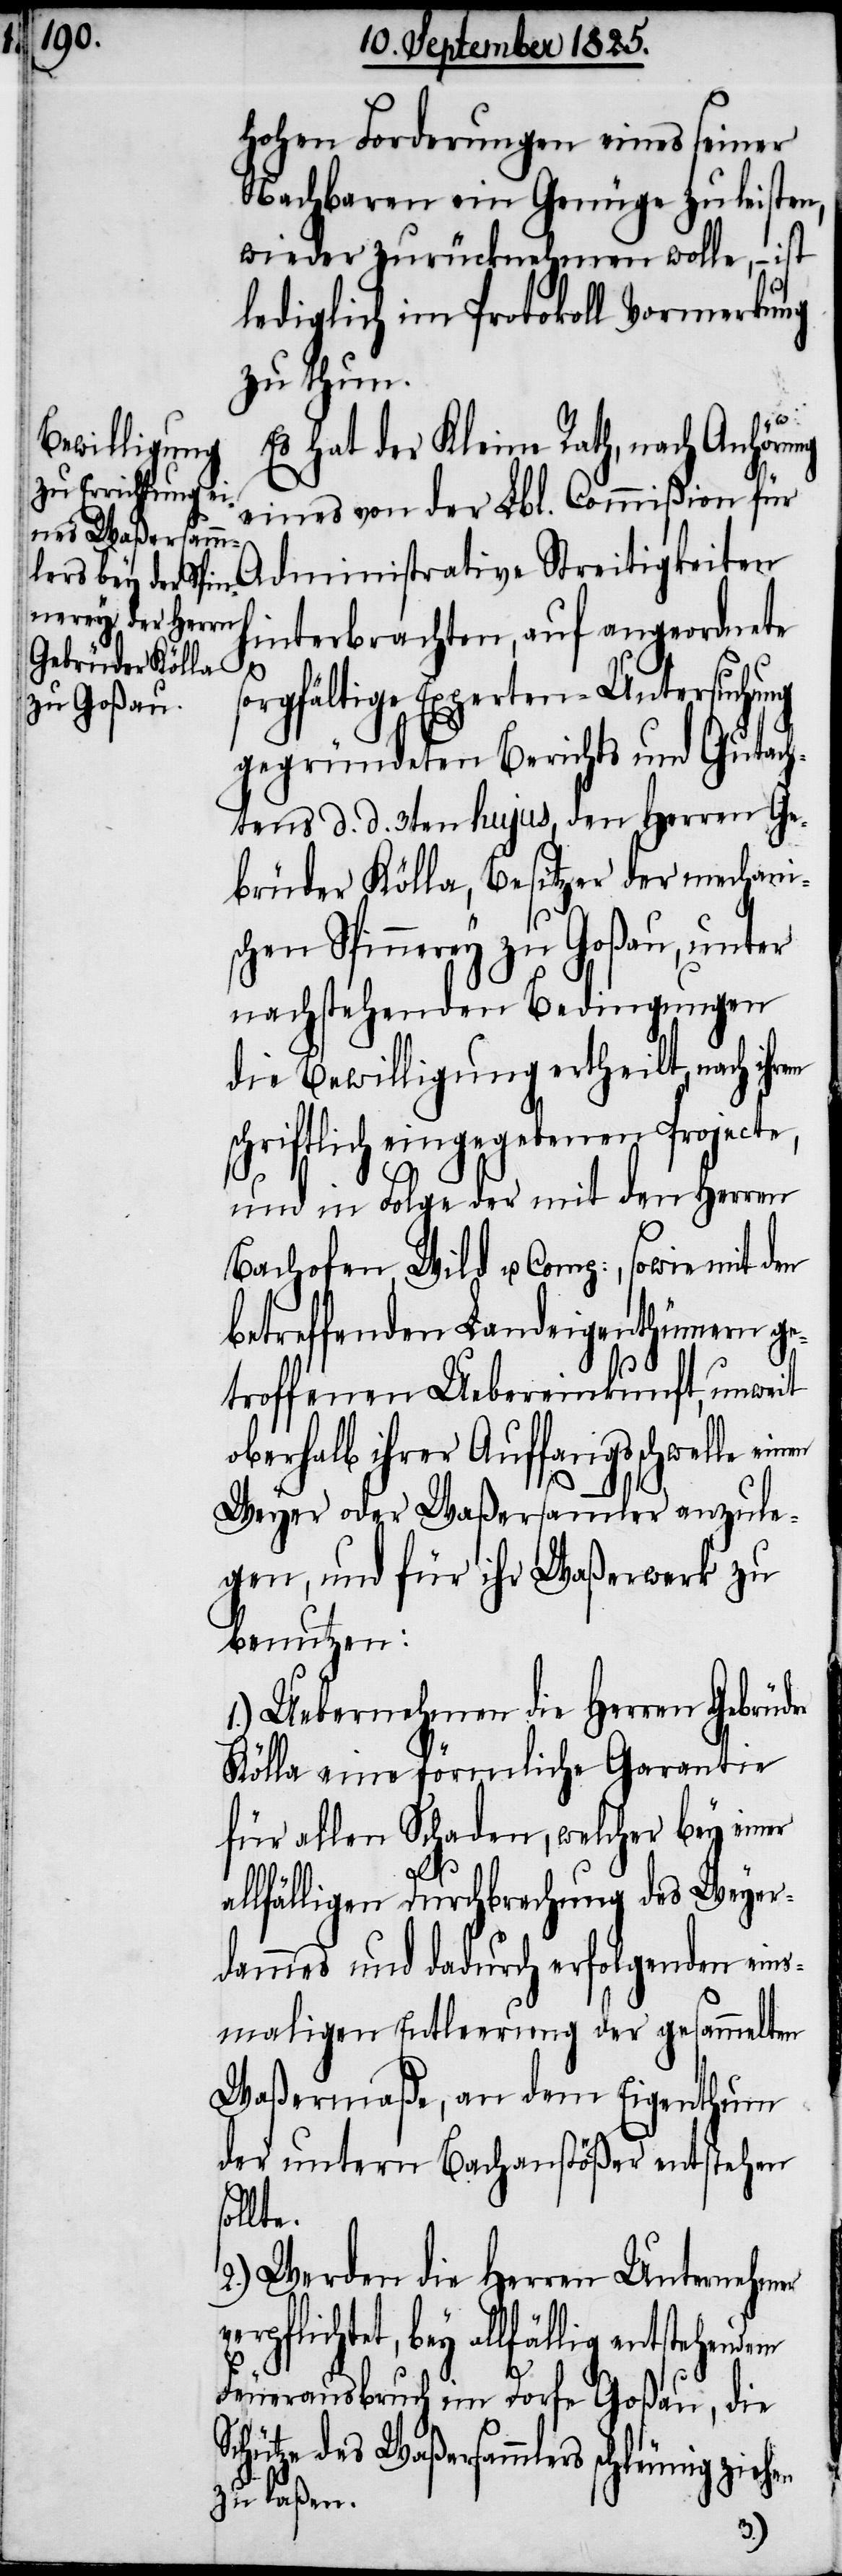
hohen Forderungen eines seiner
Nachbarn ein Genüge zu leisten,
wieder zurücknehmen wolle, – ist
lediglich im Protokoll Vermerkung
zu thun.
Es hat der Kleine Rath, nach Anhörung
eines von der Lbl. Commißion für
Administrative Streitigkeiten
hinterbrachten, auf angeordnete
ve¬
sorgfältige Experten-Untersuchung
gegründeten Berichts und Gutach¬
tens d. d. 3ten hujus, den Herren Ge¬
brüder Kölla, Besitzer der mechani¬
schen Spinnerey zu Goßau, unter
nachstehenden Bedingungen
die Bewilligung ertheilt, nach
schriftlich eingegebenen Projecte,
und in Folge der mit den Herrn
Bachofen, Wild u. Comp:, sowie mit den
betreffenden Landeigenthümern ge¬
troffenen Uebereinkunft, unweit
oberhalb ihrer Auffangsschwelle
Weyer oder Waßersammler anzule¬
gen, und für ihr Waßerwerk zu
benutzen:
1.) Uebernehmen die Herren Gebrüder
Kölla eine förmliche Garantie
für allen Schaden, welcher bey einer
allfälligen Durchbrechung des Weyer¬
dammes und dadurch erfolgenden eins¬
maligen Entleerung der gesammelten
Waßermaße, an dem Eigenthum
der untern Bachanstößer entstehen
ollte.
2.) Werden die Herren Unternehmer
rpflichtet, bey allfällig entstehenden
Feuerausbruch im Dorfe Goßau, die
Schütze des Waßersammlers schleunig ziehen
zu laßen.